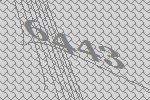
6443